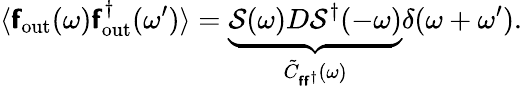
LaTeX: \langle\boldsymbol{\mathsf{f}}_{\mathrm{{out}}}(\omega)\boldsymbol{\mathsf{f}}_{\mathrm{{out}}}^{\dagger}(\omega^{\prime})\rangle=\underbrace{{\mathcal{{S}}(\omega)D\mathcal{{S}}^{\dagger}(-\omega)}}_{\tilde{{C}}_{\boldsymbol{\mathsf{f}}\boldsymbol{\mathsf{f}}^{\dagger}}(\omega)}\delta(\omega+\omega^{\prime}).